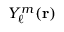
Y _ { \ell } ^ { m } ( { \mathbf { r } } )